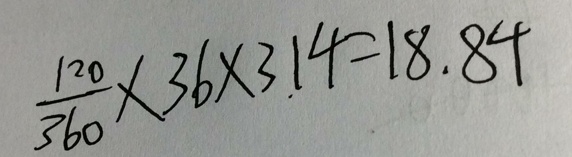
\frac { 1 2 0 } { 3 6 0 } \times 3 6 \times 3 . 1 4 = 1 8 . 8 4